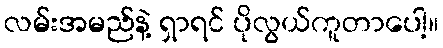
လမ်းအမည်နဲ့ ရှာရင် ပိုလွယ်ကူတာပေါ့။